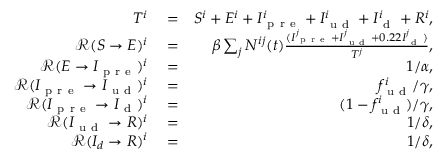
\begin{array} { r l r } { T ^ { i } } & { { } = } & { S ^ { i } + E ^ { i } + I _ { \mathrm { ~ p ~ r ~ e ~ } } ^ { i } + I _ { \mathrm { ~ u ~ d ~ } } ^ { i } + I _ { \mathrm { ~ d ~ } } ^ { i } + R ^ { i } , } \\ { \mathcal { R } ( S \rightarrow E ) ^ { i } } & { { } = } & { \beta \sum _ { j } N ^ { i j } ( t ) \frac { ( I _ { \mathrm { ~ p ~ r ~ e ~ } } ^ { j } + I _ { \mathrm { ~ u ~ d ~ } } ^ { j } + 0 . 2 2 I _ { \mathrm { ~ d ~ } } ^ { j } ) } { T ^ { j } } , } \\ { \mathcal { R } ( E \rightarrow I _ { \mathrm { ~ p ~ r ~ e ~ } } ) ^ { i } } & { { } = } & { 1 / \alpha , } \\ { \mathcal { R } ( I _ { \mathrm { ~ p ~ r ~ e ~ } } \rightarrow I _ { \mathrm { ~ u ~ d ~ } } ) ^ { i } } & { { } = } & { f _ { \mathrm { ~ u ~ d ~ } } ^ { i } / \gamma , } \\ { \mathcal { R } ( I _ { \mathrm { ~ p ~ r ~ e ~ } } \rightarrow I _ { \mathrm { ~ d ~ } } ) ^ { i } } & { { } = } & { ( 1 - f _ { \mathrm { ~ u ~ d ~ } } ^ { i } ) / \gamma , } \\ { \mathcal { R } ( I _ { \mathrm { ~ u ~ d ~ } } \rightarrow R ) ^ { i } } & { { } = } & { 1 / \delta , } \\ { \mathcal { R } ( I _ { d } \rightarrow R ) ^ { i } } & { { } = } & { 1 / \delta , } \end{array}